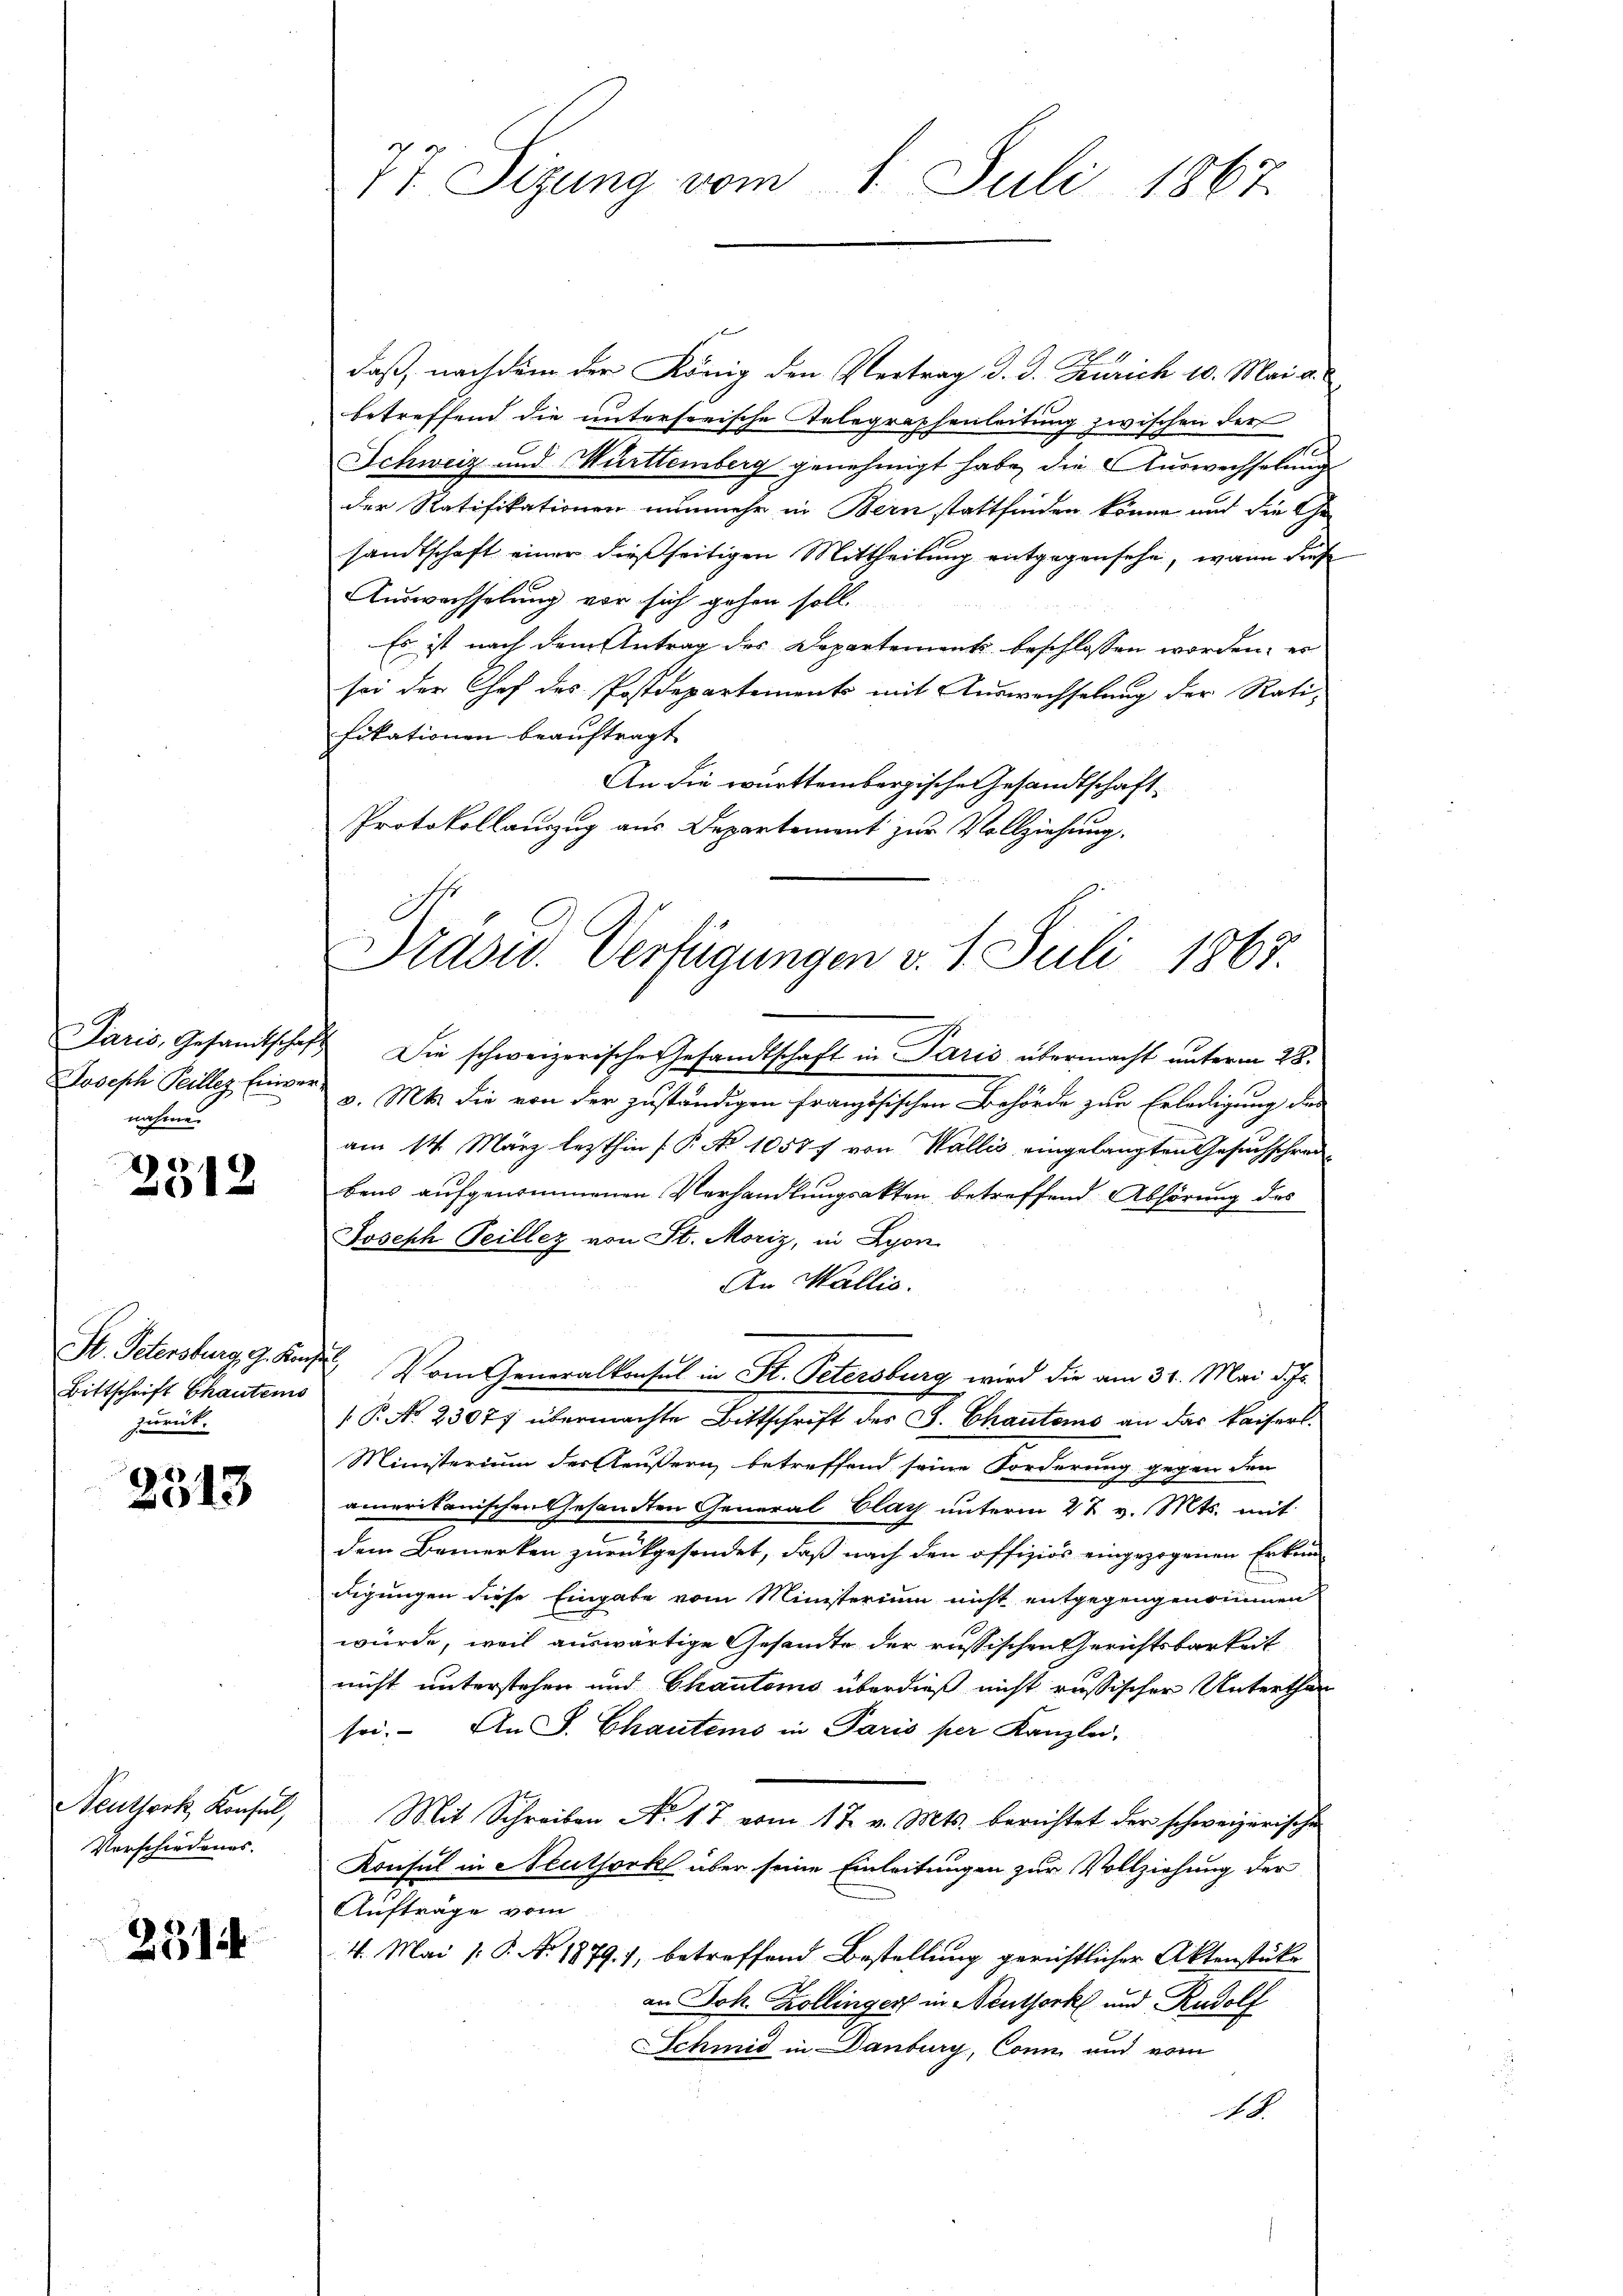
nahme.

)
2312

Bittschrift Chautens
zurück.

2513

Neuthork, Konsul,
Vorschiedenes.

251

77 Sizung vom 1. Juli 1867.

daß, nachdem der König den Vertrag d. d. Zürich 10. Mai a.
betreffend die unterseeische Telegraphenleitung zwischen der
Schweiz und Württemberg genehmigt habe, die Auswechselung
der Ratifikationen nunmehr in Bern stattfinden könne und die Ge-
sandtschaft einer dießseitigen Mittheilung entgegensehe, wann diese
Auswachselung vor sich gehen soll
Es ist nach dem Antrag des Departement beschlossen worden; er
sei der Chef des Postdepartements mit Auswechselung der Rati-
fikationen beauftragt
An die württembergische Gesandtschaft
Protokollauszug aus Departement zur Vollziehung.
Paris, Gesamtschaft Die schweizerische Gesandtschaft in Paris übermacht unterm 28.
Joseph Peiller Einver v. Mts. die von der zuständigen französischen Behörde zur Erledigung des
am 14. März lezthin (P No 10577 von Wallis eingelangten Gesuchschreibens aufgenommenen Verhandlungsakten betreffend Abhörung des
Joseph Teillez von St. Moriz, in Lyon
An Wallis.
St. Petersburg, G. Kanze Vom Generalkonsul in St. Petersburg wird die am 31. Mai d. Js.
 P. No. 23077 übermachte Bittschrift des J. Chautems an das kaisers¬
Ministerium der Aeußern betreffend seine Forderung gegen den
amerikanischen Gesandten General Clag unterm 2 t v. Mts. mit
dem Bemerken zurückgesendet, daß nach den offiziös eingezogenen Erkun
digungen diese Eingabe vom Ministerium nicht entgegengenommen
würde, weil auswärtige Gesandte der russischen Gerichtsbarkeit
nicht unterstehen und Chautomo überdieß nicht russischer Unterthan
sei. An S. Chautems in Paris per Kanzlei.
Mit Schreiben No 17 vom 17. v. Mts. berichtet der schweizerische
Konsul in Neuthork über seine Einleitungen zur Vollziehung der
Auftrage vom
4. Mai [ P. No 1879. 1, betreffend Bestellung gerichtlicher Aktenstüke
an Joh. Kollinger in Neuthork und Rudolf
Schmid in Danburg, Conn und vom
1

Dradw. Verfügungen v. 1. Juli 1867.